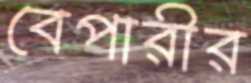
বেপারীর